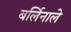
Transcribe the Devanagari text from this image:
बर्लिनाले